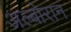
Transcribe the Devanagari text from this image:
अल्बोरान